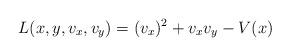
LaTeX: \begin{align*}L(x,y,v_x,v_y)=(v_x)^2+v_x v_y- V(x)\end{align*}